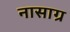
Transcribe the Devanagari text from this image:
नासाग्र